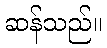
ဆန်သည်။